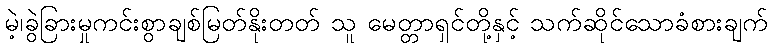
မဲ့၊ခွဲခြားမှုကင်းစွာချစ်မြတ်နိုးတတ် သူ မေတ္တာရှင်တို့နှင့် သက်ဆိုင်သောခံစားချက်